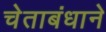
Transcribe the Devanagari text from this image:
चेताबंधाने